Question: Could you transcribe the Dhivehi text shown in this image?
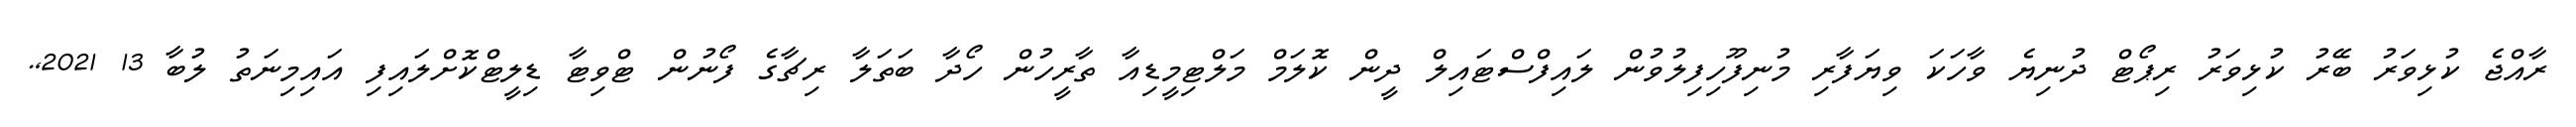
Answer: ރާއްޖެ ކުޅިވަރު ބޭރު ކުޅިވަރު ރިޕޯޓް ދުނިޔެ ވާހަކަ ވިޔަފާރި މުނިފޫހިފިލުވުން ލައިފްސްޓައިލް ދީން ކޮލަމް މަލްޓިމީޑިއާ ތާރީހުން ހޯދާ ބަތަލާ ރިޗާގެ ފޯނުން ޓްވިޓާ ޑިލީޓްކޮށްލައިފި އައިމިނަތު ލުބާ 13 2021,.